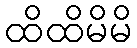
ထိထိမိမိ